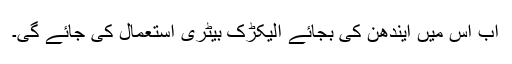
اب اس میں ایندھن کی بجائے الیکڑک بیٹری استعمال کی جائے گی۔